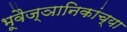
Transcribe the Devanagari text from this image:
भूवैज्ञानिकांच्या